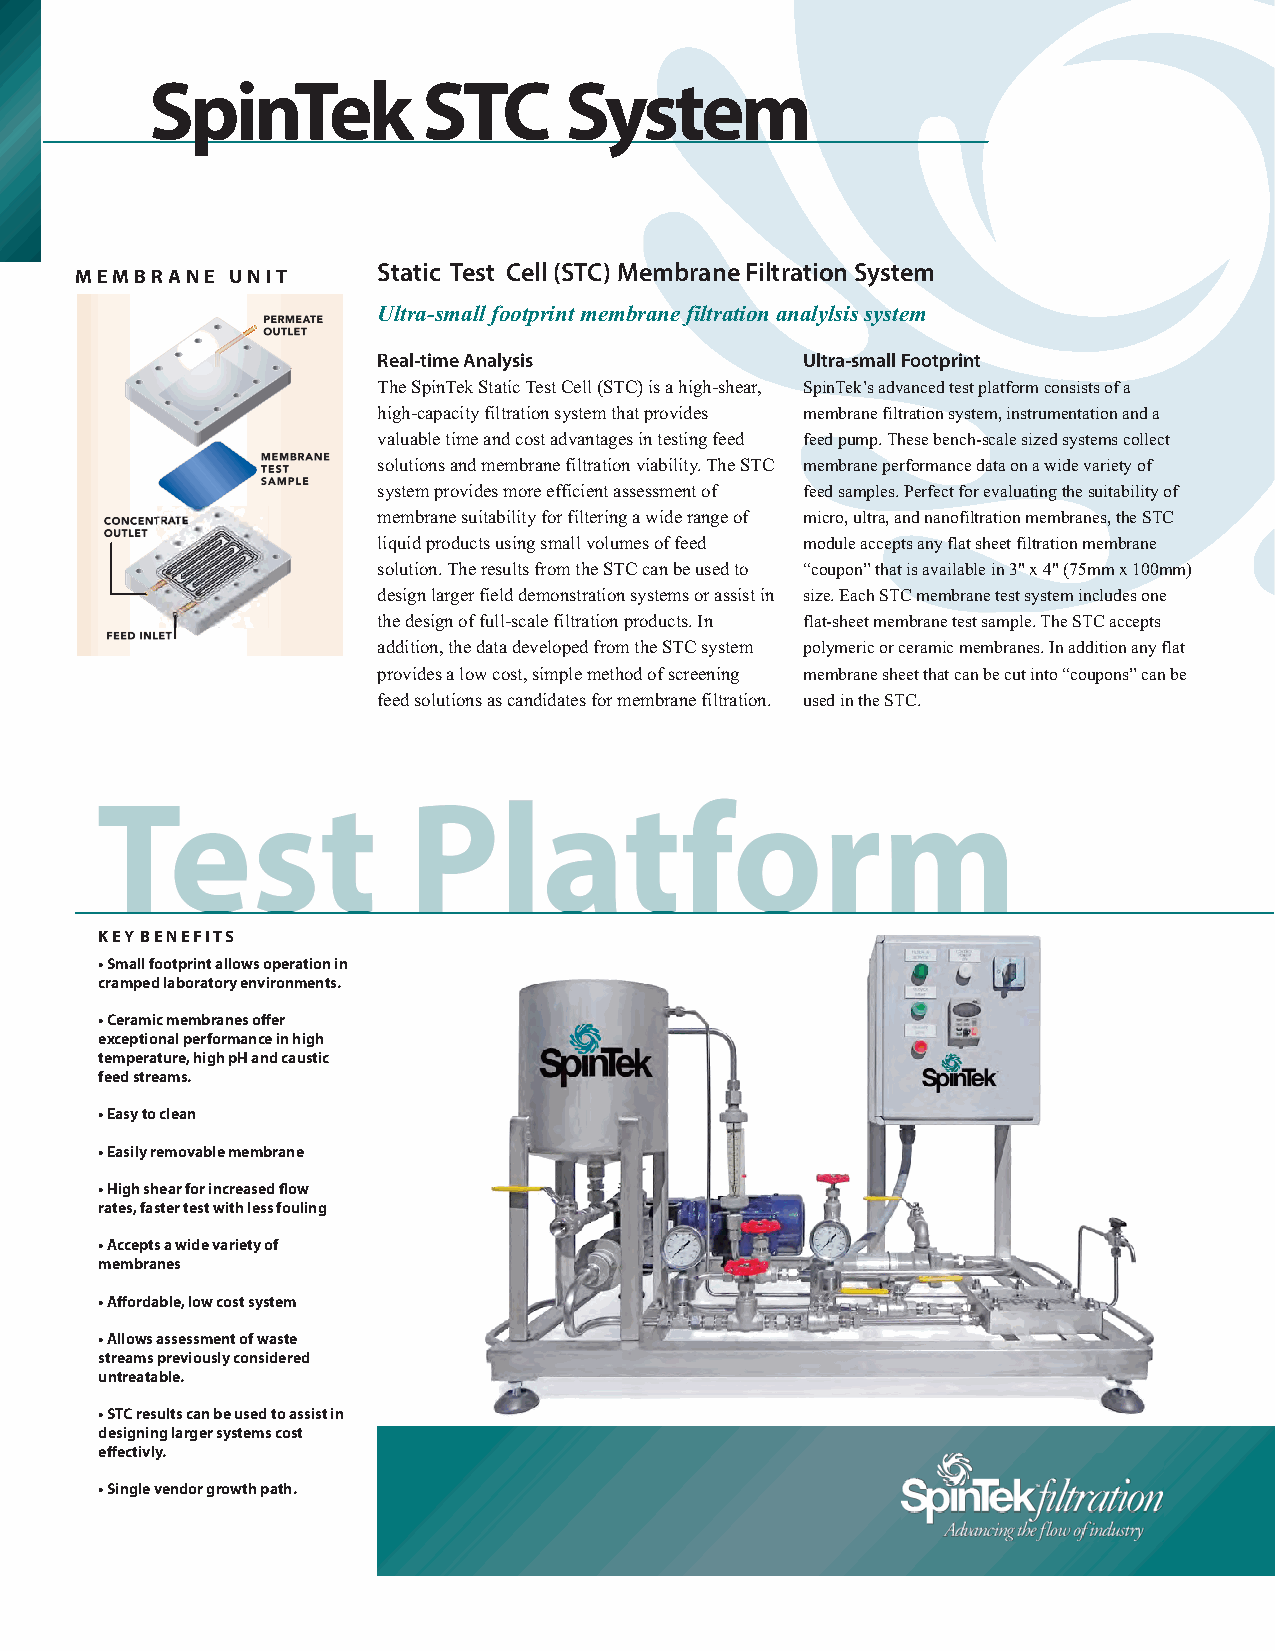
SpinTek           STC      System
 Static Test Cell (STC) Membrane Filtration System
 MEMBRANE  UNIT
 Ultra-small footprint membrane filtration analylsis system
 Real-time Analysis          Ultra-small Footprint
 The SpinTek Static Test Cell (STC) is a high-shear, SpinTek’s advanced test platform consists of a
 high-capacity filtration system that provides membrane filtration system, instrumentation and a
 valuable time and cost advantages in testing feed feed pump. These bench-scale sized systems collect
 solutions and membrane filtration viability. The STC membrane performance data on a wide variety of
 system provides more efficient assessment of feed samples. Perfect for evaluating the suitability of
 membrane suitability for filtering a wide range of micro, ultra, and nanofiltration membranes, the STC
 liquid products using small volumes of feed module accepts any flat sheet filtration membrane
 solution. The results from the STC can be used to “coupon” that is available in 3" x 4" (75mm x 100mm)
 design larger field demonstration systems or assist in size. Each STC membrane test system includes one
 the design of full-scale filtration products. In flat-sheet membrane test sample. The STC accepts
 addition, the data developed from the STC system polymeric or ceramic membranes. In addition any flat
 provides a low cost, simple method of screening membrane sheet that can be cut into “coupons” can be
 feed solutions as candidates for membrane filtration. used in the STC.
 K E Y B E N E F I T S
 • Small footprint allows operation in
 cramped laboratory environments.
 • Ceramic membranes offer
 exceptional performance in high
 temperature, high pH and caustic
 feed streams.
 • Easy to clean
 • Easily removable membrane
 • High shear for increased flow
 rates, faster test with less fouling
 • Accepts a wide variety of
 membranes
 • Affordable, low cost system
 • Allows assessment of waste
 streams previously considered
 untreatable.
 • STC results can be used to assist in
 designing larger systems cost
 effectivly.
 • Single vendor growth path.